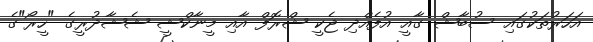
އަހަރުތަކުގައި ސުބާޝް ގާއީ އުފެއްދި ޖެކީ ޝްރޮފް އާއި މީނާކްޝީ ޝެޝާދުރީގެ "ހީރޯ"ގެ